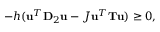
- h ( \mathbf { u } ^ { T } \mathbf { D } _ { 2 } \mathbf { u } - J \mathbf { u } ^ { T } \mathbf { T } \mathbf { u } ) \geq 0 ,